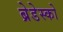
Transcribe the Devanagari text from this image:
ब्रेडेस्को